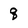
Character: q